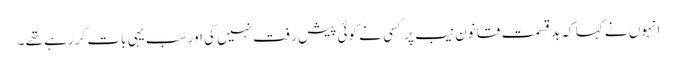
انہوں نے کہا کہ بدقسمت قانون نیب پر کسی نے کوئی پیش رفت نہیں کی اور سب یہی بات کررہے تھے ۔